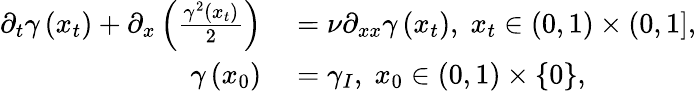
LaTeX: \begin{array}{rl}{\partial_{t}\gamma\left(x_{t}\right)+\partial_{x}\left(\frac{\gamma^{2}\left(x_{t}\right)}{2}\right)}&{{}=\nu\partial_{xx}\gamma\left(x_{t}\right),\; x_{t}\in\left(0,1\right)\times\left(0,1\right],}\\ {\gamma\left(x_{0}\right)}&{{}=\gamma_{I},\; x_{0}\in\left(0,1\right)\times\{ 0\} ,}\end{array}